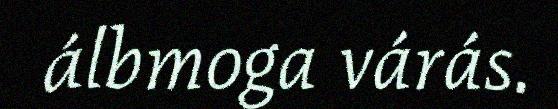
álbmoga várás.